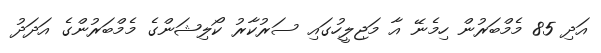
އަދި 85 މެމްބަރުން ހިމެނޭ އާ މަޖިލީހުގައި ސަރުކާރު ކޯލިޝަންގެ މެމްބަރުންގެ އަދަދު